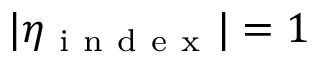
| \eta _ { \mathrm { ~ i ~ n ~ d ~ e ~ x ~ } } | = 1